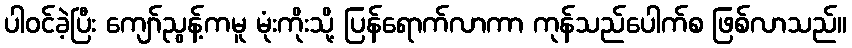
ပါဝင်ခဲ့ပြီး ကျော်ညွန့်ကမူ မုံးကိုးသို့ ပြန်ရောက်လာကာ ကုန်သည်ပေါက်စ ဖြစ်လာသည်။